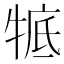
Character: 𤚃